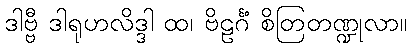
ဒါဗ္ဗီ ဒါရုဟလိဒ္ဒါ ထ၊ ဗိဠင်္ဂံ စိတြတဏ္ဍုလာ။